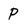
Character: P